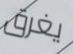
يغرق